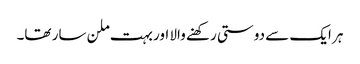
ہر ایک سے دوستی رکھنے والا اور بہت ملن سار تھا۔